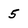
Character: 5